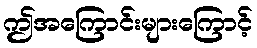
ဤအကြောင်းများကြောင့်